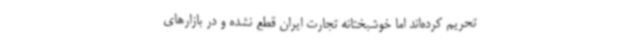
تحریم‌ کرده‌اند اما خوشبختانه تجارت ایران قطع نشده و در بازارهای